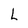
Character: L